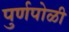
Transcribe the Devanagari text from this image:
पुर्णपोळी